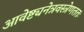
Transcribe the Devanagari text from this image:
आवेष्ट्यनेत्रवस्त्रेणततः